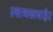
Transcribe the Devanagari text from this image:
स्थानकाबाहेर